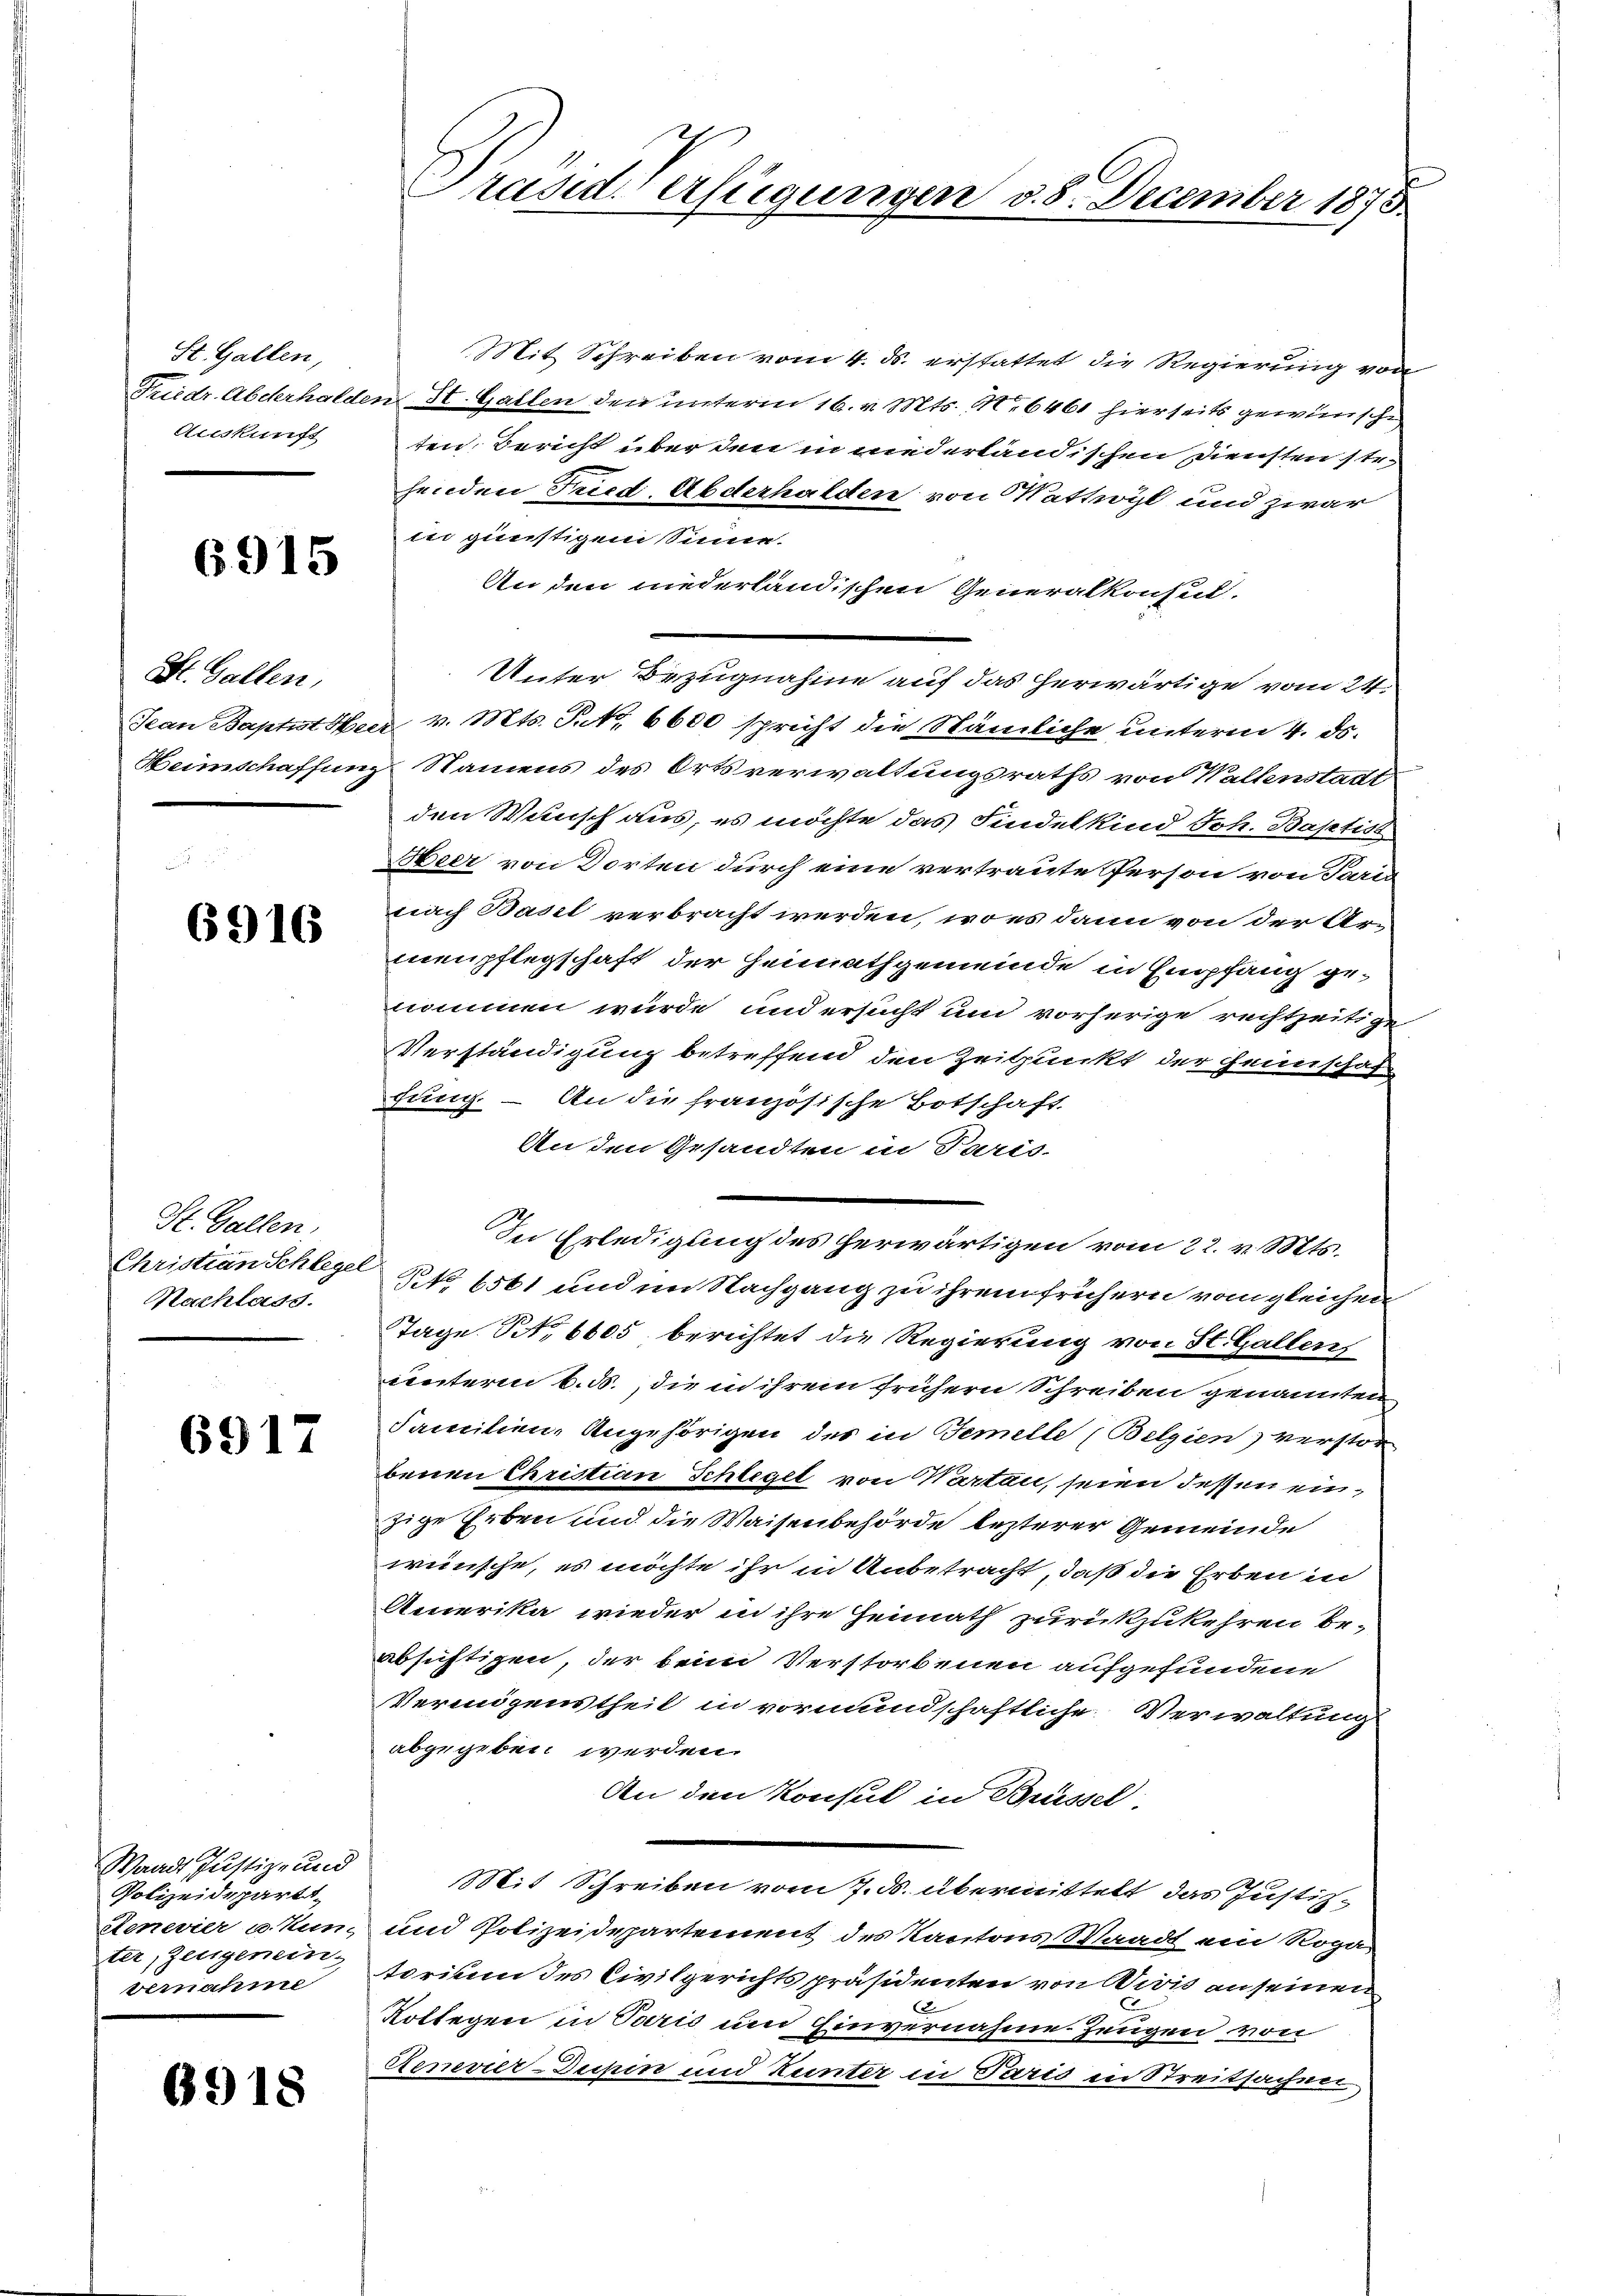
St. Gallen,
Auskunft

6915

St. Gallen,

6916

St. Gallen,
Christian Schleger
Nachlass.

6917

Waadt Justiz- und
Polizeideparts,
Aenevier u. Kun-
ter, Zeitgenein-
vernahme

B918

Präsiderfügungen d. 8. December 1873.

Mit Schreiben vom 4. ds. erstattet die Regierung von
Friedr. Abderhalden St. Gallen den unterm 16. v. Mts. No 6461 hierseits gewünsche
ten. Bericht über den in niederländischen Diensten str
henden Fued. Abderhalden von Kattwyl und zwar
in günstigem Sinne.
An den niederländischen Generalkonsul.
Unter Bezugnahme auf das herwärtige vom 24.
Jean Baptist Herr v. Mts. Petr. 6600 spricht die Nämliche unterm 4. ds.
Heimschaffung Namens des Ortsverwaltungsraths von Wallenstage
den Wunsch aus, es möchte das Findelkind Joh. Baptist
Bbeer von Dorten durch eine vertraute Person von Paris
nach Basel verbracht werden, wo es dann von der Armenpflegschaft der Heimathgemeinde in Empfang genommen würde und ersucht und vorherige rechtzeitige
Verständigung betreffend den Zeitpunkt der Heimschäf
fung. – An die französische Botschaft
An den Gesandten in Paris-
In Erledigung des herwärtigen vom 22. v. Mts.
No 6561 und im Nachgang zu ihrem frühern vom gleichen
Tage S. 6605 berichtet die Regierung von St. Gallens
uunterm 6. ds., die in ihrem frühern Schreiben genannten
Familien-Angehörigen des in Temelle (Belgien) verstor
benen Christian Schlegel von Warten, seien dessen einzige Erben und die Waisenbehörde lezterer Gemeinde
wünsche, es möchte ihr in Unbetracht, daß die Erben in
Amerika wieder in ihre Heimath zurückzukehren be-
absichtigen, der beim Verstorbenen aufgefundene
Vermögenstheil in vormundschaftliche Verwaltung
abgegeben werden.
An den Konsul in Brüssel.
Mit Schreiben vom 7. d. übermittelt das Justiz¬
und Polizeidepartement des Kantons Waadt ein Roga
torium des Civilgerichtspräsidenten von Divis an seinen
2.
2
Kotlegen in Paris und Einvernahme Zeugen von
Aenevier-Dupin und Kunter in Paris in Streitsachen